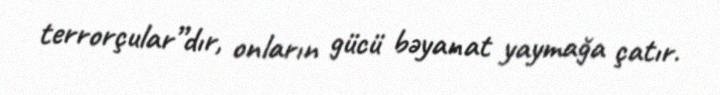
terrorçular”dır, onların gücü bəyanat yaymağa çatır.